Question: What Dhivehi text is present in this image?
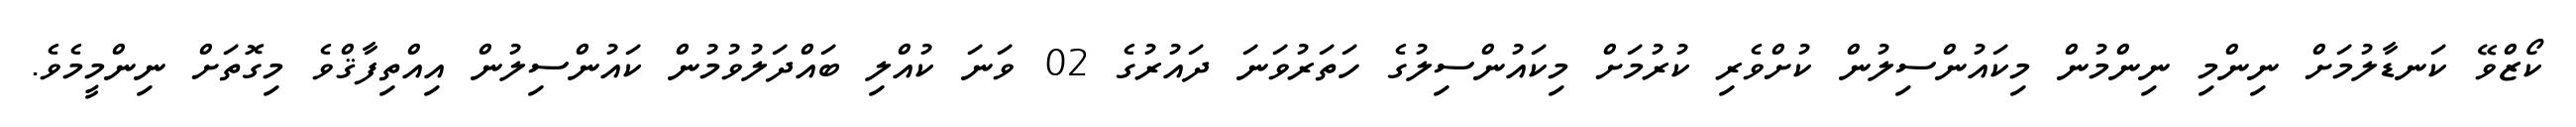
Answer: ކޯޒްވޭ ކަނޑާލުމަށް ނިންމި ނިންމުން މިކައުންސިލުން ކުށްވެރި ކުރުމަށް މިކައުންސިލުގެ ހަތަރުވަނަ ދައުރުގެ 02 ވަނަ ކުއްލި ބައްދަލުވުމުން ކައުންސިލުން އިއްތިފާޤްވެ މިގޮތަށް ނިންމީމެވެ.